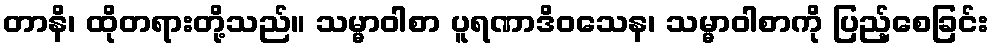
တာနိ၊ ထိုတရားတို့သည်။ သမ္မာဝါစာ ပူရဏာဒိဝသေန၊ သမ္မာဝါစာကို ပြည့်စေခြင်း